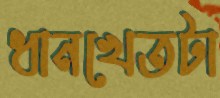
ধানখেতটা